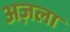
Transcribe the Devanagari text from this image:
अज़ला